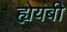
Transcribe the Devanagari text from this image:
ह्येयबी